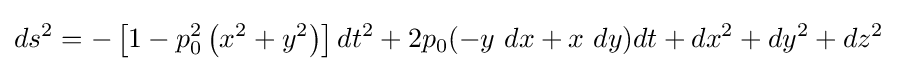
ds^{2}=-\left[1-p_{0}^{2}\left(x^{2}+y^{2}\right)\right]dt^{2}+2p_{0}(-y\ dx+x\ dy)dt+dx^{2}+dy^{2}+dz^{2}